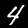
Digit: 4